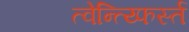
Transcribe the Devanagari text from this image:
त्वेन्त्य्फिर्स्त